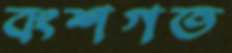
বংশগত